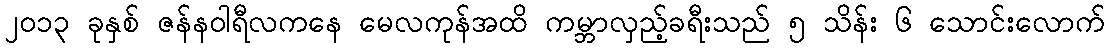
၂၀၁၃ ခုနှစ် ဇန်နဝါရီလကနေ မေလကုန်အထိ ကမ္ဘာလှည့်ခရီးသည် ၅ သိန်း ၆ သောင်းလောက်